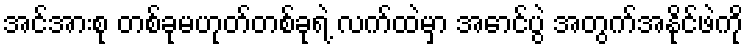
အင်အားစု တစ်ခုမဟုတ်တစ်ခုရဲ့ လက်ထဲမှာ အောင်ပွဲ အတွက်အနိုင်ဖဲကို